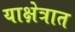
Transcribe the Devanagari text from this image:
याक्षेत्रात